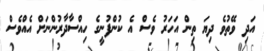
އަދި ވޭތުވެ ދިޔަ ތިން އަހަރު ވެސް އެ ކުންފުނީގެ ހިއްސާދާރުންނަށް އެއްވެސް